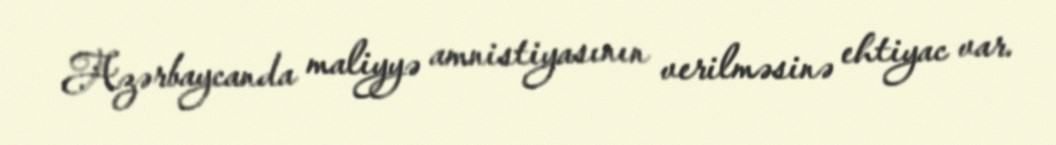
Azərbaycanda maliyyə amnistiyasının verilməsinə ehtiyac var.